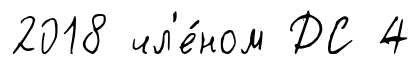
2018 чл'е́ном ДС 4